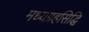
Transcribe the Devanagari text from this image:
मध्यग्रहसिद्धि